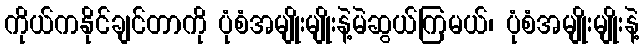
ကိုယ်ကနိုင်ချင်တာကို ပုံစံအမျိုးမျိုးနဲ့မဲဆွယ်ကြမယ်၊ ပုံစံအမျိုးမျိုးနဲ့